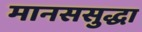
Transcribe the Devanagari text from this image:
मानससुद्धा